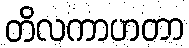
တိလကာဟတာ